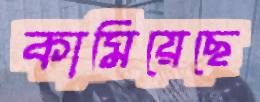
কামিয়েছে